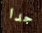
جدا